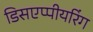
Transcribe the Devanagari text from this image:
डिसएप्पीयरिंग